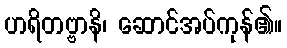
ဟရိတဗ္ဗာနိ၊ ဆောင်အပ်ကုန်၏။